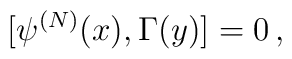
[\psi^{(N)}(x), \Gamma(y)] =0\,,